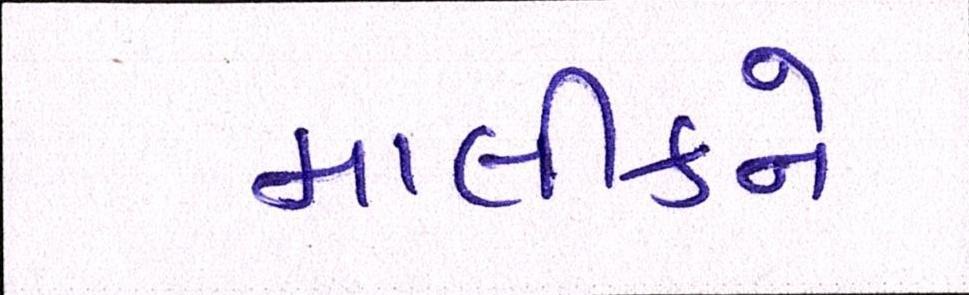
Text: માલીકને